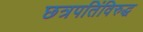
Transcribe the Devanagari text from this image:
छत्रपतिंविरुद्ध